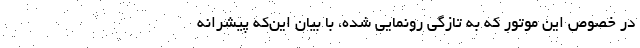
در خصوص این موتور که به تازگی رونمایی شده، با بیان این‌که پیشرانه